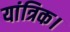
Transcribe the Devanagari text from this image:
यांत्रिक।